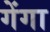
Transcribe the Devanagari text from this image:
गेंगा